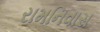
રામનિવાસ